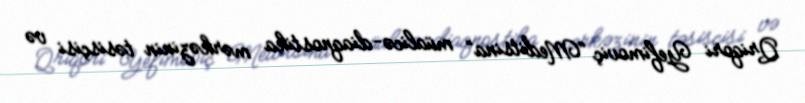
Qriqori Yefimoviç “Meditsina” müalicə-diaqnostika mərkəzinin təsisçisi və